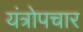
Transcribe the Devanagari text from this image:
यंत्रोपचार